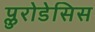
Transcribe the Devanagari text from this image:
प्लुरोडेसिस